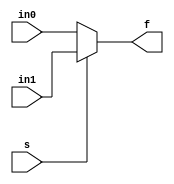
// A combinational logic example 

module mux21 (in1,in0,s,f);
 input in1,in0,s;
 output reg f;

always @(*)
 if(s)
  f = in1;
 else 
  f = in0;
endmodule